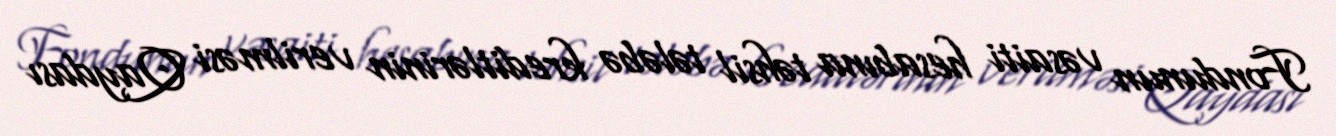
Fondunun vəsaiti hesabına təhsil tələbə kreditlərinin verilməsi Qaydası